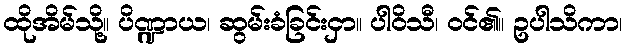
ထိုအိမ်သို့။ ပိဏ္ဍာယ၊ ဆွမ်းခံခြင်းငှာ။ ပါဝိသီ၊ ဝင်၏။ ဥပါသိကာ၊